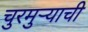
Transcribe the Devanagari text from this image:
चुरमुऱ्याची